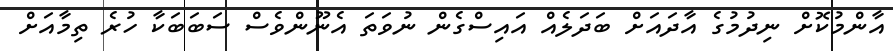
އާންމުކޮށް ނިދުމުގެ އާދައަށް ބަދަލެއް އައިސްގެން ނުވަތަ އެނޫންވެސް ސަބަބަކާ ހުރެ ތިމާއަށް